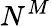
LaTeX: N^{M}